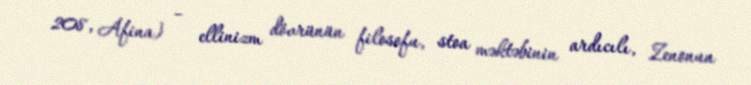
208, Afina) – ellinizm dövrünün filosofu, stoa məktəbinin ardıcılı, Zenonun